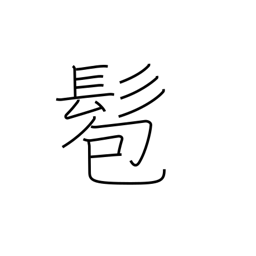
Meaning: bun